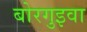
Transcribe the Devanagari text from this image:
बोरगुइवा